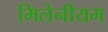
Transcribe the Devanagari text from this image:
मिलेनीयम